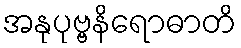
အနုပုဗ္ဗနိရောဓာတိ